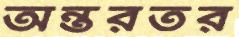
অন্তরতর